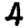
Digit: 4